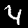
Label: 4